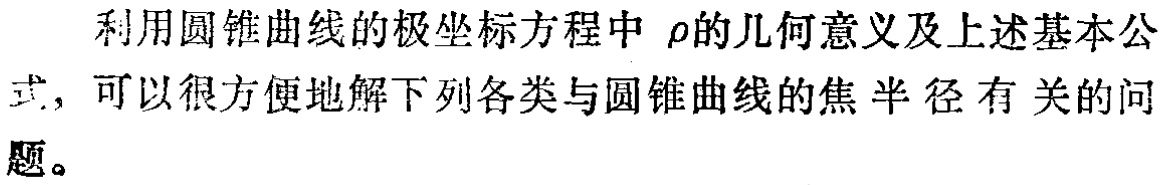
利用圆锥曲线的极坐标方程中\(\rho\)的几何意义及上述基本公式，可以很方便地解下列各类与圆锥曲线的焦半径有关的问题。